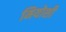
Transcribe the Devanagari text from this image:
मियोशी